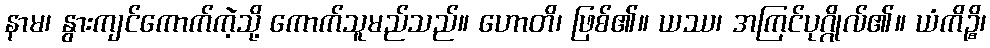
နာမ၊ နွားကျင်ကောက်ကဲ့သို့ ကောက်သူမည်သည်။ ဟောတိ၊ ဖြစ်၏။ ယဿ၊ အကြင်ပုဂ္ဂိုလ်၏။ ယံကိဉ္စိ၊